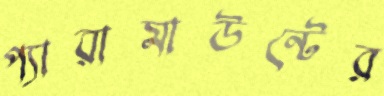
প্যারামাউন্টের